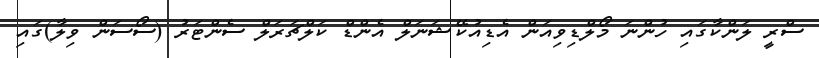
ސްރީ ލަންކާގައި ހުންނަ މޯލްޑިވިއަން އެޑިއުކޭޝަނަލް އެންޑް ކަލްޗަރަލް ސެންޓަރު (ސޯސަން ވިލާ)ގައި